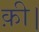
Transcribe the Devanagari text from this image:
क़ी।